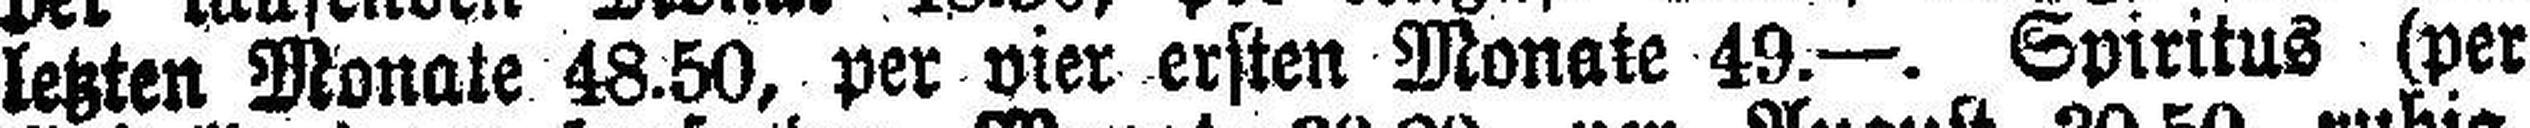
letzten Monate 48.50, per vier ersten Monate 49.—. Spiritus (per